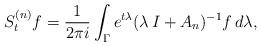
LaTeX: \begin{align*} S^{(n)}_t f = \frac{1}{2\pi i} \int_\Gamma e^{t \lambda} (\lambda \, I +A_n)^{-1}f \, d\lambda ,\end{align*}